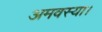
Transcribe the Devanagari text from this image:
अमवस्या।